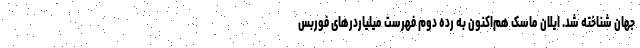
جهان شناخته شد. ایلان ماسک هم‌اکنون به رده دوم فهرست میلیاردرهای فوربس